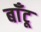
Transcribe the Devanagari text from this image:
बाँटू